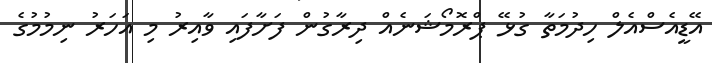
އޭޑީއެސްއެލް ހިދުމަތާ ގުޅޭ ޕްރޮމޯޝަނެއް ދިރާގުން ފަަށާފައި ވާއިރު މި އަހަރު ނިމުމުގެ